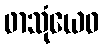
ဖာသုံယေဝ